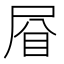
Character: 𱲯